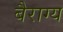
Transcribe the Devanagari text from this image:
बैराग्य